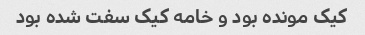
کیک مونده بود و خامه کیک سفت شده بود